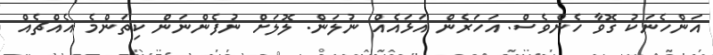
އަންހެނަކު ގޮވާ ހެންވެސް. އަހަރެން އަޅައެއް ނުލަން. ލޮލަށް ނުފެންނަން ކިތަންމެ އެއްޗެއް